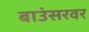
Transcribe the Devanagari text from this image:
बाउंसरवर